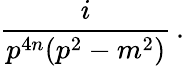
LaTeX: \frac{i}{p^{4n}(p^{2}-m^{2})}\, .